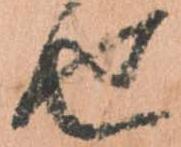
せ